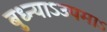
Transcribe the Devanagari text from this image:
बुध्न्याऽउपमाऽ